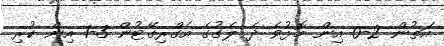
އަތުން 2-0 އިން މޮޅުވެ ދެ ލެގުގެ އެގްރިގޭޓުން 3-1 އިން ކުރި